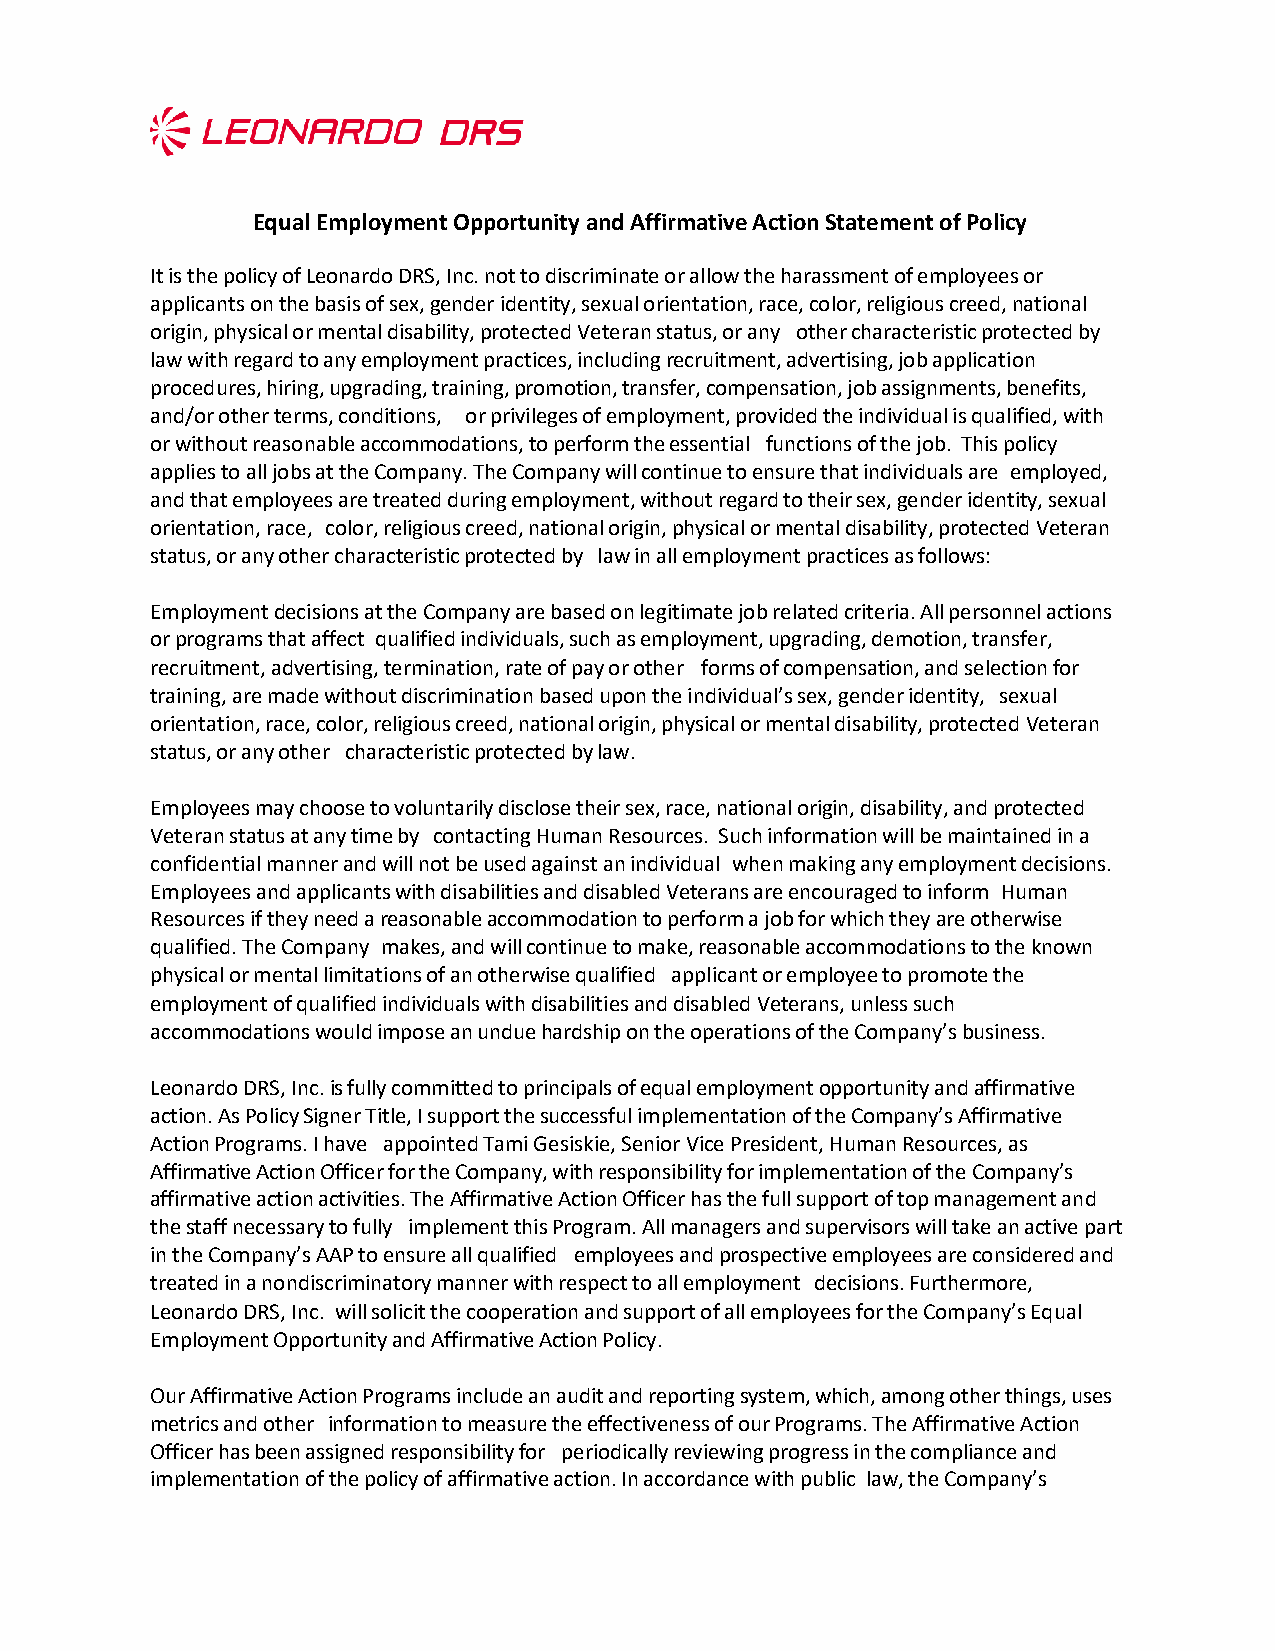
Equal Employment Opportunity and Affirmative Action Statement of Policy
 It is the policy of Leonardo DRS, Inc. not to discriminate or allow the harassment of employees or
 applicants on the basis of sex, gender identity, sexual orientation, race, color, religious creed, national
 origin, physical or mental disability, protected Veteran status, or any other characteristic protected by
 law with regard to any employment practices, including recruitment, advertising, job application
 procedures, hiring, upgrading, training, promotion, transfer, compensation, job assignments, benefits,
 and/or other terms, conditions, or privileges of employment, provided the individual is qualified, with
 or without reasonable accommodations, to perform the essential functions of the job. This policy
 applies to all jobs at the Company. The Company will continue to ensure that individuals are employed,
 and that employees are treated during employment, without regard to their sex, gender identity, sexual
 orientation, race, color, religious creed, national origin, physical or mental disability, protected Veteran
 status, or any other characteristic protected by law in all employment practices as follows:
 Employment decisions at the Company are based on legitimate job related criteria. All personnel actions
 or programs that affect qualified individuals, such as employment, upgrading, demotion, transfer,
 recruitment, advertising, termination, rate of pay or other forms of compensation, and selection for
 training, are made without discrimination based upon the individual’s sex, gender identity, sexual
 orientation, race, color, religious creed, national origin, physical or mental disability, protected Veteran
 status, or any other characteristic protected by law.
 Employees may choose to voluntarily disclose their sex, race, national origin, disability, and protected
 Veteran status at any time by contacting Human Resources. Such information will be maintained in a
 confidential manner and will not be used against an individual when making any employment decisions.
 Employees and applicants with disabilities and disabled Veterans are encouraged to inform Human
 Resources if they need a reasonable accommodation to perform a job for which they are otherwise
 qualified. The Company makes, and will continue to make, reasonable accommodations to the known
 physical or mental limitations of an otherwise qualified applicant or employee to promote the
 employment of qualified individuals with disabilities and disabled Veterans, unless such
 accommodations would impose an undue hardship on the operations of the Company’s business.
 Leonardo DRS, Inc. is fully committed to principals of equal employment opportunity and affirmative
 action. As Policy Signer Title, I support the successful implementation of the Company’s Affirmative
 Action Programs. I have appointed Tami Gesiskie, Senior Vice President, Human Resources, as
 Affirmative Action Officer for the Company, with responsibility for implementation of the Company’s
 affirmative action activities. The Affirmative Action Officer has the full support of top management and
 the staff necessary to fully implement this Program. All managers and supervisors will take an active part
 in the Company’s AAP to ensure all qualified employees and prospective employees are considered and
 treated in a nondiscriminatory manner with respect to all employment decisions. Furthermore,
 Leonardo DRS, Inc. will solicit the cooperation and support of all employees for the Company’s Equal
 Employment Opportunity and Affirmative Action Policy.
 Our Affirmative Action Programs include an audit and reporting system, which, among other things, uses
 metrics and other information to measure the effectiveness of our Programs. The Affirmative Action
 Officer has been assigned responsibility for periodically reviewing progress in the compliance and
 implementation of the policy of affirmative action. In accordance with public law, the Company’s